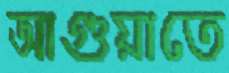
আগুয়াতে